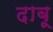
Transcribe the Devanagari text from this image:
दाबू